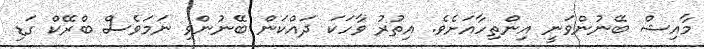
މާއިޝް ބޭނުންވަނީ އިންތިހާއަށެވެ. އިތުރު ވާހަކަ ދައްކަން ބޭނުންވި ނަމަވެސް ބްރޭކް ގަޑި